Vaccine operations Central Provinces 1900-1911 - 1900-1911
Year: 1900
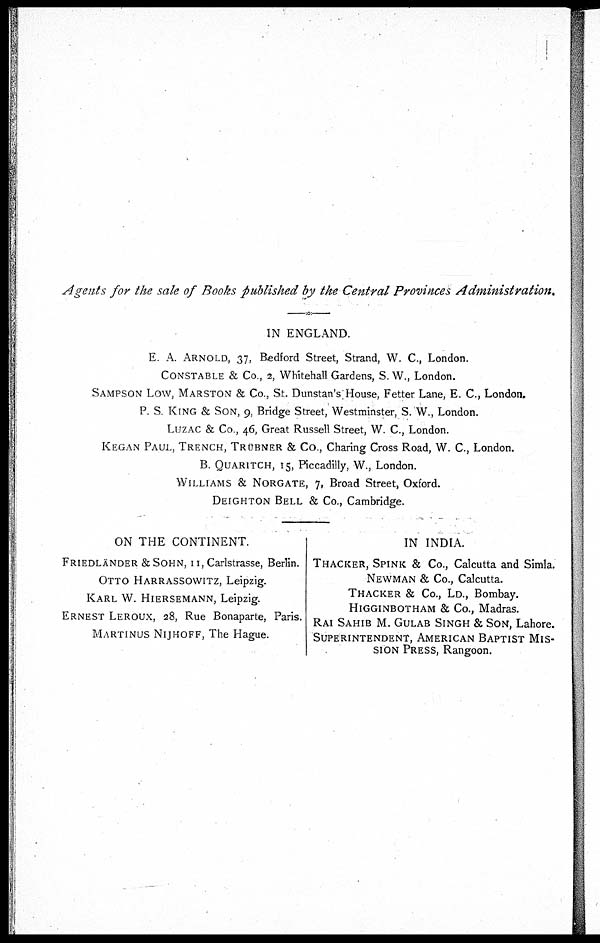
Agents for the sale of Books published by the Central Provinces
Administration.
IN ENGLAND.
E. A. ARNOLD., 37, Bedford Street, Strand, W. C, London.
CONSTABLE & Co., 2, Whitehall Gardens, S. W., London.
SAMPSON Low, MARSTON & Co., St. Dunstan,s House, Fetter Lane, E. C, London,
P. S. KING & SON, 9, Bridge Street, Westminster, S.W., London.
LUZAC & Co., 46, Great Russell Street, W. C, London.
KEGAN PAUL, TRENCH, TRUBNER & Co., Charing Cross Road, W. C, London.
B. QUARITCH, 15, Piccadilly, W., London.
WILLIAMS & NORGATE, 7, Broad Street, Oxford.
DEIGHTON BELL & Co., Cambridge.
ON THE CONTINENT.
FRIEDLANDER &SOHN, 11, Carlstrasse, Berlin.
OTTO HARRASSOWITZ, Leipzig.
KARL W. HIERSEMANN, Leipzig.
ERNEST LEROUX, 28, Rue Bonaparte, Paris.
MARTINUS NIJHOFF, The Hague.
IN INDIA.
THACKER, SPINK & Co., Calcutta and Simla.
NEWMAN & Co., Calcutta.
THACKER & Co., LD., Bombay.
HIGGINBOTHAM & Co., Madras.
RAI SAHIB M. GULAB SINGH & SON, Lahore.
SUPERINTENDENT, AMERICAN BAPTIST MIS-
SION PRESS, Rangoon.